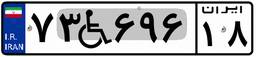
۷۳W۶۹۶۱۸